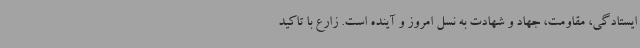
ایستادگی، مقاومت، جهاد و شهادت به نسل امروز و آینده است. زارع با تاکید